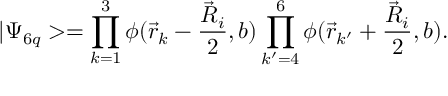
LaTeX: | \Psi _ { 6 q } > = \prod _ { k = 1 } ^ { 3 } \phi ( \vec { r } _ { k } - \frac { \vec { R } _ { i } } { 2 } , b ) \prod _ { k ^ { \prime } = 4 } ^ { 6 } \phi ( \vec { r } _ { k ^ { \prime } } + \frac { \vec { R } _ { i } } { 2 } , b ) .